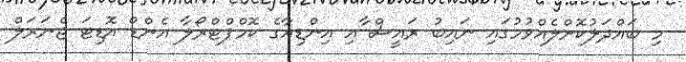
މި ބައްދަލުކޮށްލެއްވުމުގައި ނައިބު ރައީސް ާއި އިންޑިއާގެ ކޮމްޕްޓްރޯލާ އެންޑް އޮޑިޓަ ޖެނަރަލް